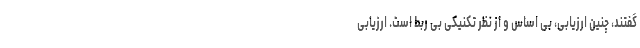
گفتند، چنین ارزیابی، بی اساس و از نظر تکنیکی بی ربط است. ارزیابی